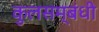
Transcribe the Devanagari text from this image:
कुलसम्बंधी